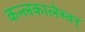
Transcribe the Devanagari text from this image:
कन्लकालेस्वर्